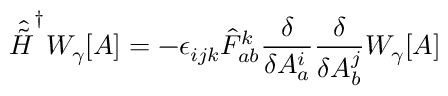
{ \hat { \tilde { H } } } ^ { \dagger } W _ { \gamma } [ A ] = - \epsilon _ { i j k } { \hat { F } } _ { a b } ^ { k } { \frac { \delta } { \delta A _ { a } ^ { i } } } { \frac { \delta } { \delta A _ { b } ^ { j } } } W _ { \gamma } [ A ]